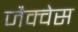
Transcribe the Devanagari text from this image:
जैक्वेस